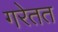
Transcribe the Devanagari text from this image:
गरेतत